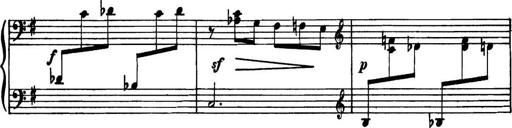
Title: Piano Sonatina in G minor
Composer: John Blackwood McEwen
Key: G minor